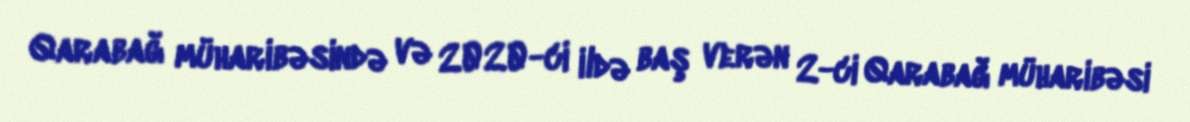
Qarabağ müharibəsində və 2020-ci ildə baş verən 2-ci Qarabağ müharibəsi